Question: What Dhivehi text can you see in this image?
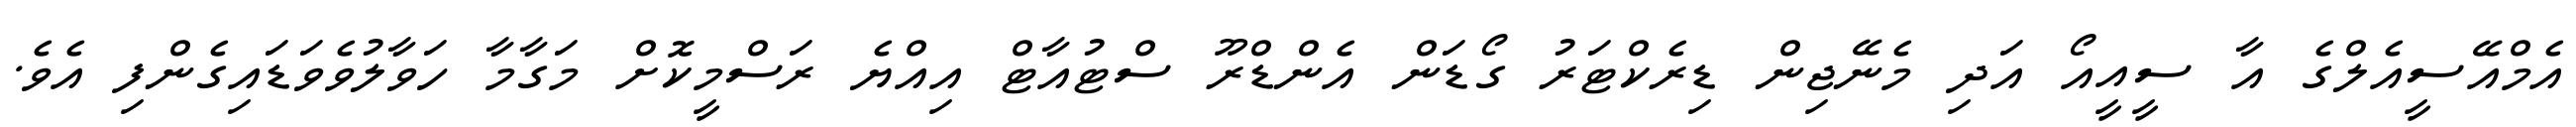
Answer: އެމްއޭސީއެލްގެ އާ ސީއީއޯ އަދި މެނޭޖިން ޑިރެކްޓަރު ގޯޑަން އެންޑްރޫ ސްޓުއާޓް އިއްޔެ ރަސްމީކޮށް މަގާމާ ހަވާލުވެވަޑައިގެންފި އެވެ.